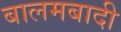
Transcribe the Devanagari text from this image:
बालमबादी